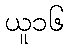
ယူ၁၆